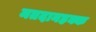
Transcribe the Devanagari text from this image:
मतदानहक्क